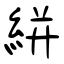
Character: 絣